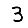
Digit: 3